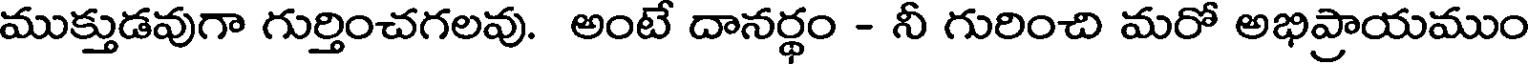
ముక్తుడవుగా గుర్తించగలవు. అంటే దానర్థం - నీ గురించి మరో అభిప్రాయముం